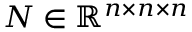
\boldsymbol { N } \in \mathbb { R } ^ { n \times n \times n }